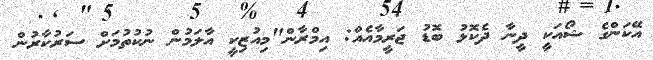
އޭކަންގެ ޝޯއަކީ ދީނާ ދެކޮޅު ބޮޑު ޖަރީމާއެއް: އިމްރާން"މިއުޒިކީ އާލަމުން ނުކުތުމަށް ސަރުކާރުން